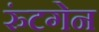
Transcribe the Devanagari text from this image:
रुंटगेन